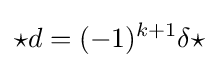
{\star }d=(-1)^{k+1}\delta {\star }